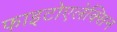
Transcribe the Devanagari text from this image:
फाइटोएलेक्सिन